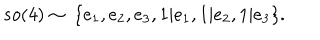
LaTeX: s o ( 4 ) \sim ~ \{ e _ { 1 } , e _ { 2 } , e _ { 3 } , 1 | e _ { 1 } , 1 | e _ { 2 } , 1 | e _ { 3 } \} .